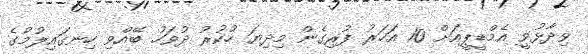
ވިދާޅުވީ އެމްޑީޕީއަށް 10 އަހަރު ފުރިގެން މިދިޔަ ހުކުރު ދުވަހު ބޭއްވި ހިނގައިލުމުގެ